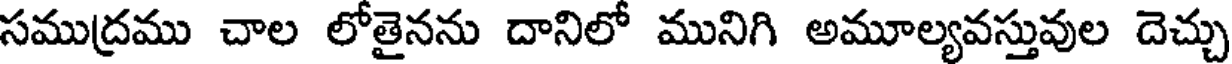
సముద్రము చాల లోతైనను దానిలో మునిగి అమూల్యవస్తువుల దెచ్చు